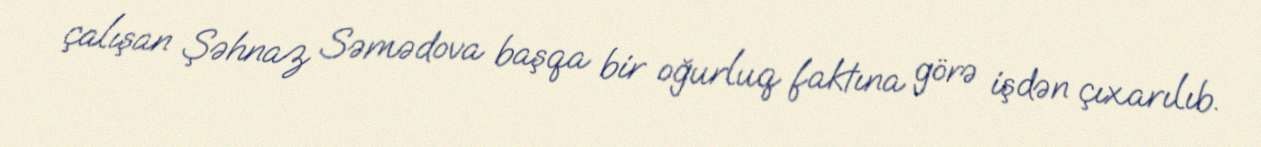
çalışan Şəhnaz Səmədova başqa bir oğurluq faktına görə işdən çıxarılıb.